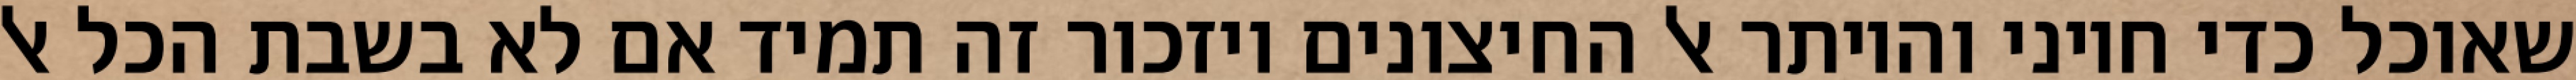
שאוכל כדי חיוני והיותר אל החיצונים ויזכור זה תמיד אם לא בשבת הכל אל